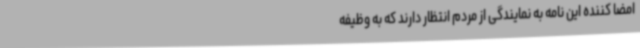
امضا کننده این نامه به نمایندگی از مردم انتظار دارند که به وظیفه